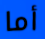
أما